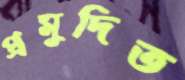
প্রমুদিত